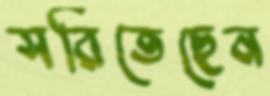
সরিতেছেন